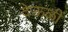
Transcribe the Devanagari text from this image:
देऊळीं